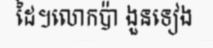
ដៃ។លោកប៉ា ងួនទៀង